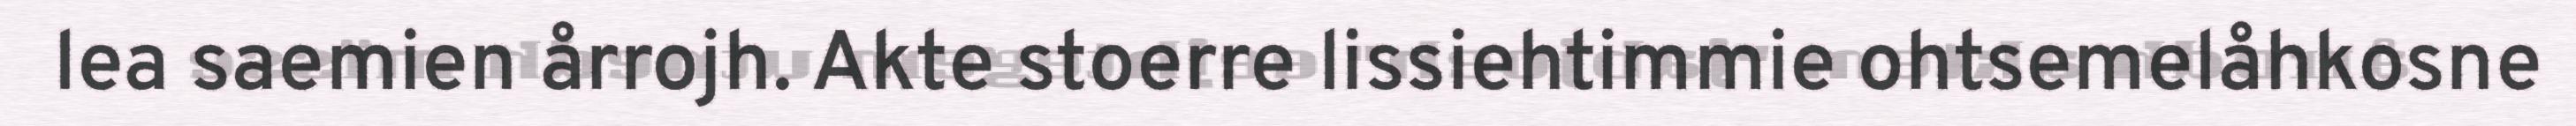
lea saemien årrojh. Akte stoerre lissiehtimmie ohtsemelåhkosne